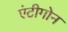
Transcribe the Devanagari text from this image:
एंटीगोन